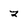
Character: 3